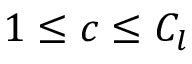
1 \le c \le C _ { l }